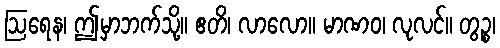
ဩရေန၊ ဤမှာဘက်သို့။ ဧတိ၊ လာလော။ မာဏဝ၊ လုလင်။ တွဉ္စ၊